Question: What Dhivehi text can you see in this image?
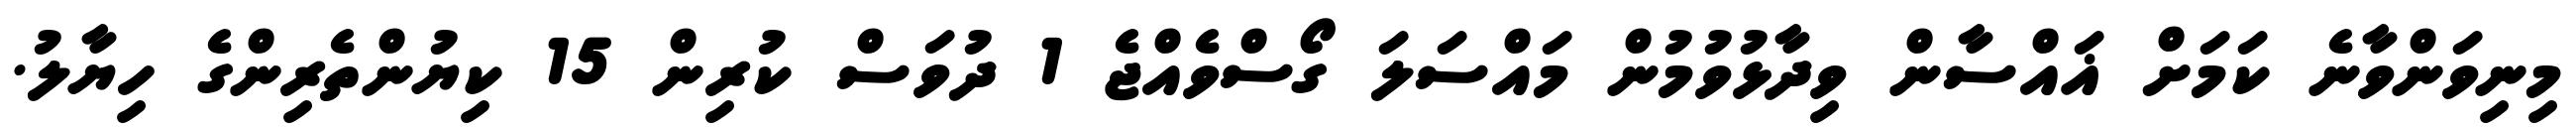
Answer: މިނިވަންވާނެ ކަމަށް ޣައްސާން ވިދާޅުވުމުން މައްސަލަ ގޯސްވެއްޖެ 1 ދުވަސް ކުރިން 15 ކިޔުންތެރިންގެ ހިޔާލު.